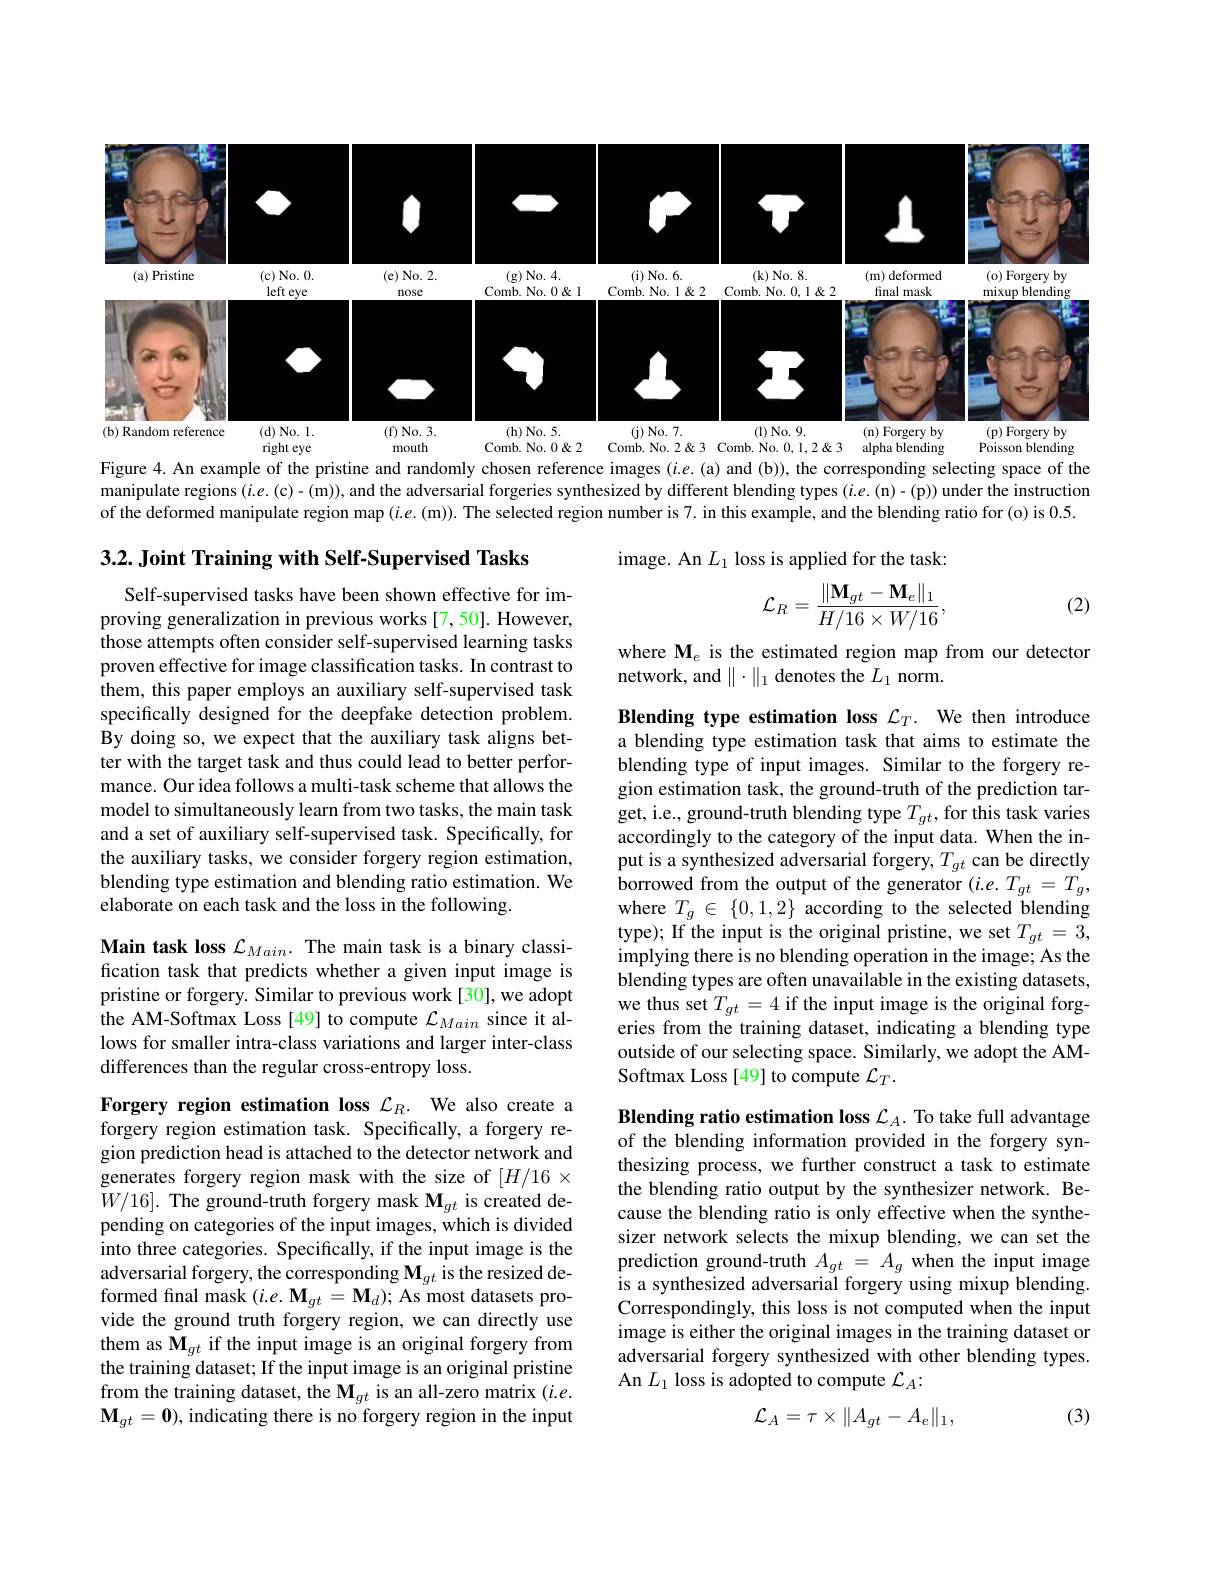
<FigureHere>
Figure 4. An example of the pristine and randomly chosen reference images $( i. e. ($a) and (b)), the corresponding selecting space of the

manipulate regions $(i.e.(\mathfrak{c})-(\mathfrak{m}))$, and the adversarial forgeries synthesized by different blending types (i.e.(n)-(p)) under the instruction of the deformed manipulate region map $(i.e.(\mathfrak{m})).$ The selected region number is 7. in this example, and the blending ratio for (o) is 0.5.

3.2. Joint Training with Self-Supervised Tasks

image. An $L_1$ loss is applied for the task:
$$\mathcal{L}_{R}=\frac{\|\mathbf{M}_{gt}-\mathbf{M}_{e}\|_{1}}{H/16\times W/16},$$
(2)

where M$_e$ is the estimated region map from our detector
network, and $\|\cdot\|_1$ denotes the $L_1$ norm.

Self-supervised tasks have been shown effective for improving generalization in previous works [7,50]. However, those attempts often consider self-supervised learning tasks proven effective for image classification tasks. In contrast to them, this paper employs an auxiliary self-supervised task specifically designed for the deepfake detection problem. By doing so, we expect that the auxiliary task aligns better with the target task and thus could lead to better performance. Our idea follows a multi-task scheme that allows the model to simultaneously learn from two tasks, the main task and a set of auxiliary self-supervised task. Specifically, for the auxiliary tasks, we consider forgery region estimation, blending type estimation and blending ratio estimation. We elaborate on each task and the loss in the following.

Blending type estimation loss $\mathcal{L}_T.$ We then introduce a blending type estimation task that aims to estimate the blending type of input images. Similar to the forgery region estimation task, the ground-truth of the prediction target, i.e., ground-truth blending type $T_{gt}$, for this task varies accordingly to the category of the input data. When the input is a synthesized adversarial forgery, $T_{gt}$ can be directly $\hat{\text{borrowed from the output of the generator }}(i.e.T_{gt}=T_{g}$, where $T_g\in\{0,1,2\}$ according to the selected blending type); If the input is the original pristine, we set $T_{gt}=3$, implying there is no blending operation in the image; As the blending types are often unavailable in the existing datasets, we thus set $T_gt=4$ if the input image is the original forgeries from the training dataset, indicating a blending type outside of our selecting space. Similarly, we adopt the AMSoftmax Loss [49] to compute $\mathcal{L}_T.$

Main task loss $\mathcal{L}_{Main}.$ The main task is a binary classification task that predicts whether a given input image is pristine or forgery. Similar to previous work[30], we adopt the AM-Softmax Loss [49] to compute $\mathcal{L}_Main$ since it allows for smaller intra-class variations and larger inter-class differences than the regular cross-entropy loss.

Blending ratio estimation loss $\mathcal{L}_A.$ To take full advantage of the blending information provided in the forgery synthesizing process, we further construct a task to estimate the blending ratio output by the synthesizer network. Because the blending ratio is only effective when the synthesizer network selects the mixup blending, we can set the prediction ground-truth $A_{gt}=A_{g}$ when the input image is a synthesized adversarial forgery using mixup blending. Correspondingly, this loss is not computed when the input image is either the original images in the training dataset or adversarial forgery synthesized with other blending types. An $L_1$ loss is adopted to compute $\mathcal{L}_A:$

Forgery region estimation loss $\mathcal{L}_R.$ We also create a forgery region estimation task. Specifically, a forgery region prediction head is attached to the detector network and generates forgery region mask with the size of $[H/16\times$ $W/16].{\mathrm{~The~ground-truth~forgery~mask~M}}_{gt}{\mathrm{~is~created~de-}}$ pending on categories of the input images, which is divided into three categories. Specifically, if the input image is the $\underset{c}{\operatorname*{\operatorname*{adversarial~forgery,~the~corresponding~M}}}_{gt}$ is the resized deformed final mask $(i.e.\mathbf{M}_{gt}=\mathbf{M}_{d});$ As most datasets provide the ground truth forgery region, we can directly use them as $\mathbf{M}_{gt}$ if the input image is an original forgery from the training dataset; If the input image is an original pristine from the training dataset, the $\mathbf{M}_{gt}$ is an all-zero matrix $(i.e.$ $\mathbf{M}_{gt}=\mathbf{0})$, indicating there is no forgery region in the input

(3)
$$\mathcal{L}_A=\tau\times\|A_{gt}-A_e\|_1,$$